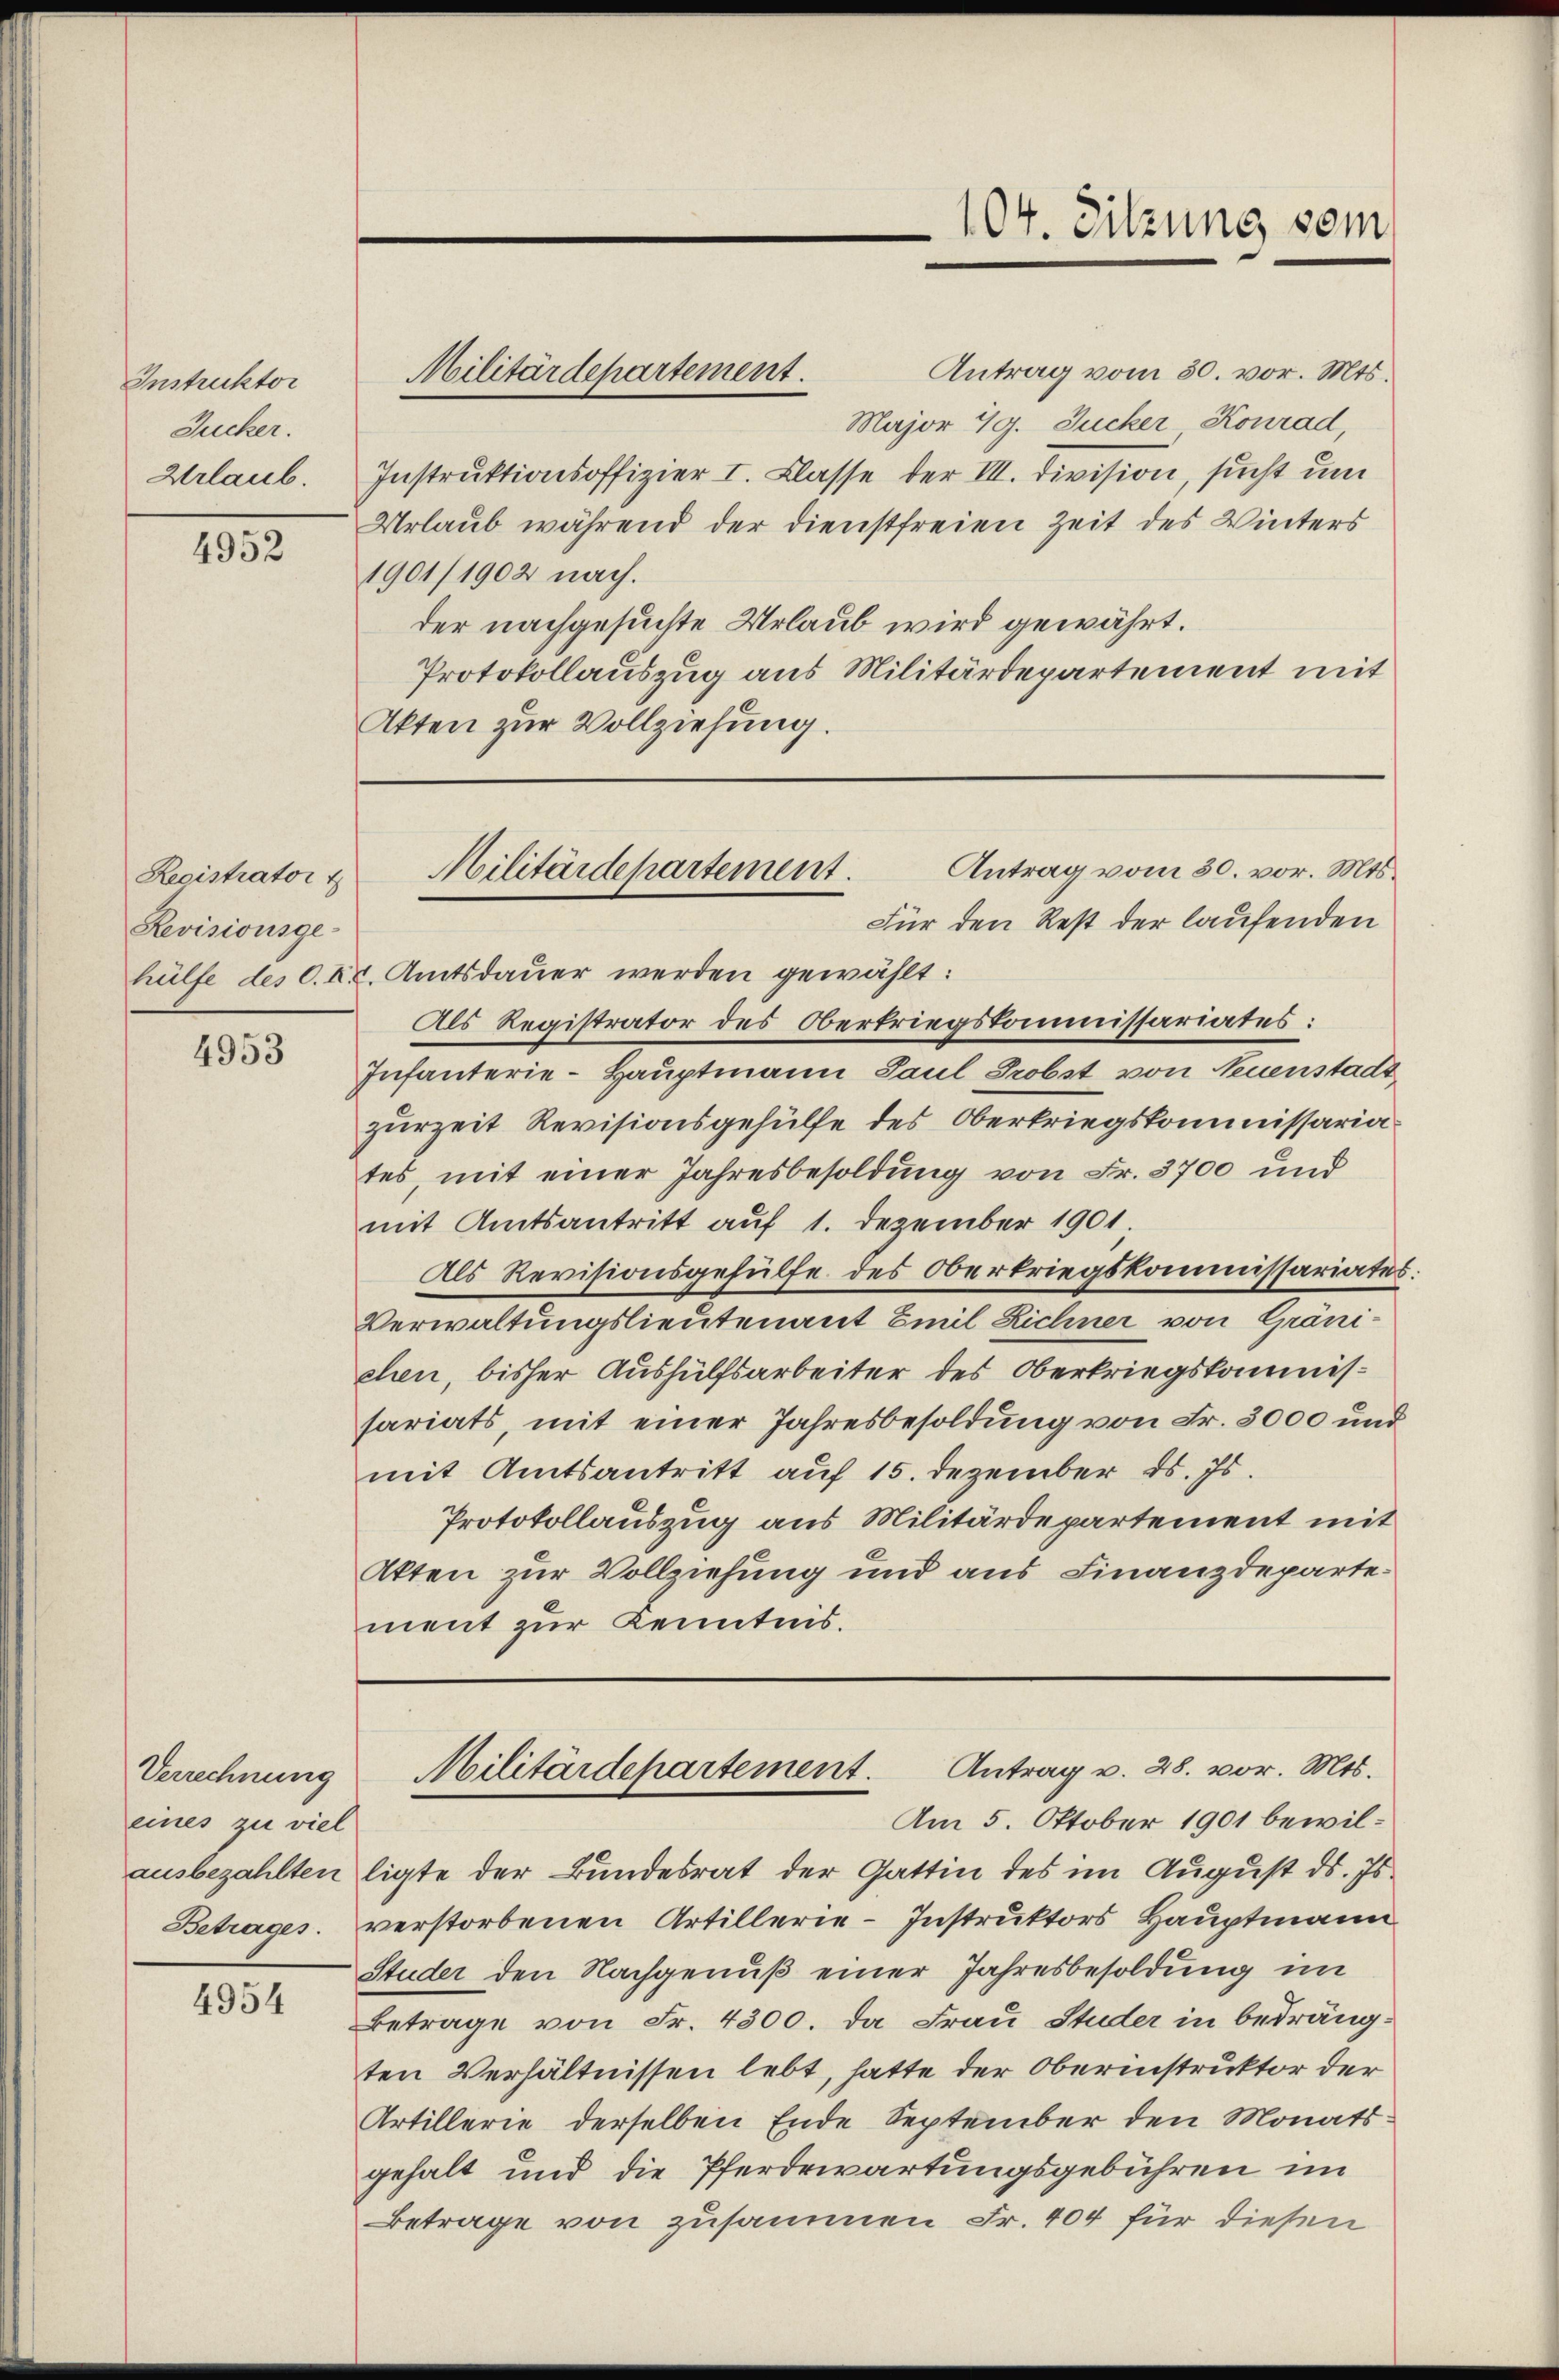
Instruktor
Zucker.
Urlaub.

4952

Registrator
Revisionsge¬

4953

Verrechnung
eines zu viel

4954

Militärdepartement.

104. Sitzung vom

Antrag vom 30. vor. Mts.
Major 49. Zucker Konrad,
Instruktionsoffizier I. Klasse der III. Division, sucht um
Urlaub während der dienstfreien Zeit des Winters
1901/1902 nach.
der nachgesuchte Urlaub wird gewährt.
Protokollauszug aus Militärdepartement mit
Akten zur Vollziehung.

hülfe des C. k. Amtsdauer werden gewählt:
Als Registrator des Oberkriegskommissariates:
Infanterie-Hauptmann Paul Probst von Neuenstadt
zurzeit Revisionsgehülfe des Oberkriegskommissariates, mit einer Jahresbesoldung von Fr. 3700 und
mit Amtsantritt auf 1. Dezember 1901,
Als Revisionsgehülfe des Oberkriegskommissariates.
Verwaltungslieutenant Emil Zichner von Gränicleen, bisher Aushülfsarbeiter des Oberkriegskommissariats, mit einer Jahresbesoldung von Fr. 3000 und
mit Amtsantritt auf 15. Dezember d. Js.
Protokollauszug aus Militärdepartement mit
Akten zur Vollziehung und aus Finanzdepartement zur Kenntnis.

Antrag vom 30. vor. Mts.
Militärdepartement.
Für den Rest der laufenden

Militärdepartement. Antrag v. 28. vor. Mts.

Am 5. Oktober 1901 bewilausbezahlten ligte der Bundesrat der Gattin des im August ds. Is
Betrages. verstorbenen Artillerie-Instruktors Hauptmann
Studer den Nachgenuß einer Jahresbesoldung im
Betrage von Fr. 4300. da Frau Studer in bedrängten Verhältnissen lebt, hatte der Oberinstruktor der
Artillerie derselben Ende September den Monats
gehalt und die Pferdewartungsgebühren im
Betrage von zusammen Fr. 404 für diesen